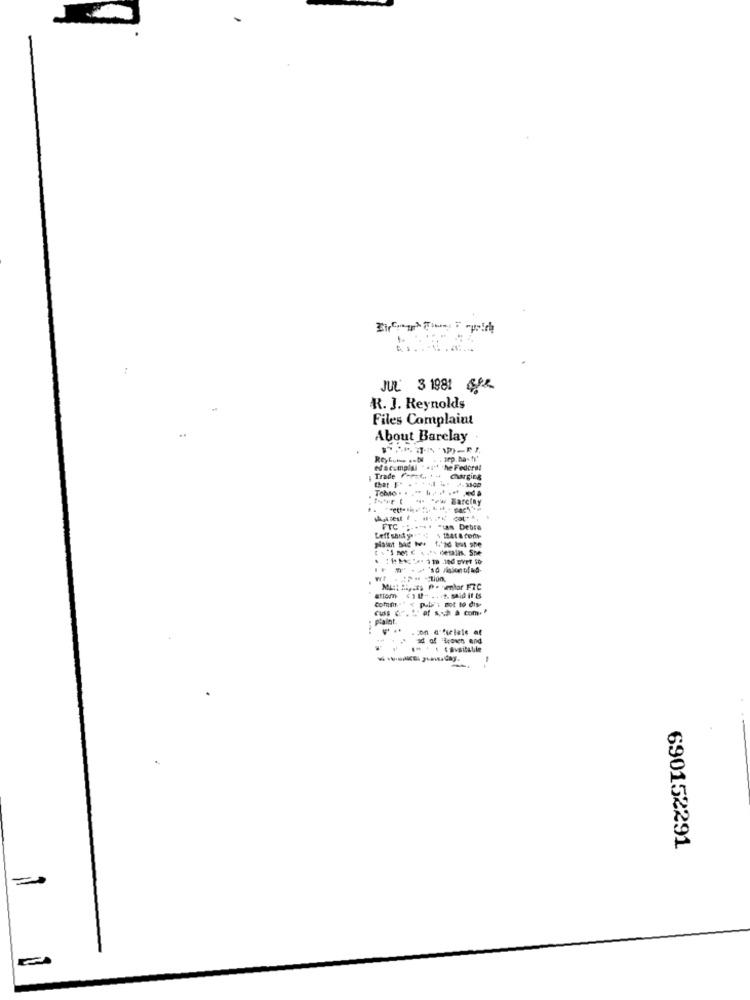
:
JUL 3 1981 6/2
R. J. Reynolds
Files Complaint
..
About Barclay
.. Jep.ha-fi'
Nacumplal . #1" .he Federal
Trade forat. . ..
- -- w Barclay
FTC . ;- ... . "tas Debre
Comum ." < pull'i dot 19 dis
cuss ". "" of scha com."
plalot.
ad of "Bouwen and
690152291
=